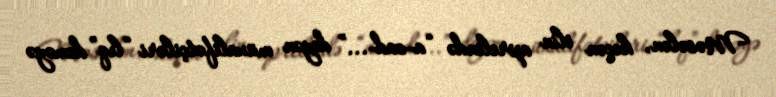
Məsələn, keçən ilin aprelində “a-zad-...” deyən müxalifətçiləri “lıq” deməyə